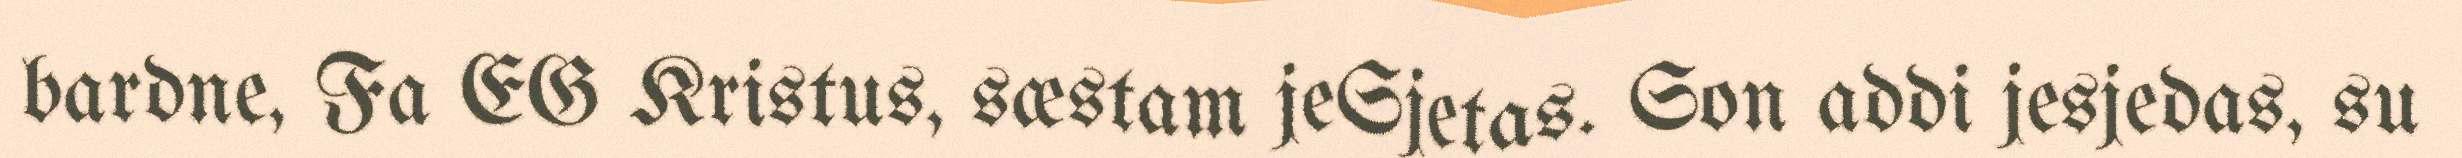
bardne, Fa EG Kristus, sæstam jeSjetas. Son addi jesjedas, su